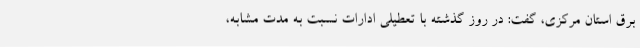
برق استان مرکزی، گفت: در روز گذشته با تعطیلی ادارات نسبت به مدت مشابه،